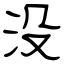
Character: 没